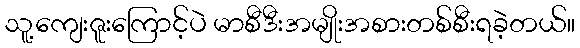
သူ့ကျေးဇူးကြောင့်ပဲ မာစီဒီးအမျိုးအစားတစ်စီးရခဲ့တယ်။